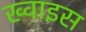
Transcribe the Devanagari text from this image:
ख्वाइस